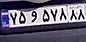
۷۵و۵۷۸۸۸